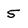
Character: 5